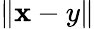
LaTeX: \| \mathbf{x}-y\|